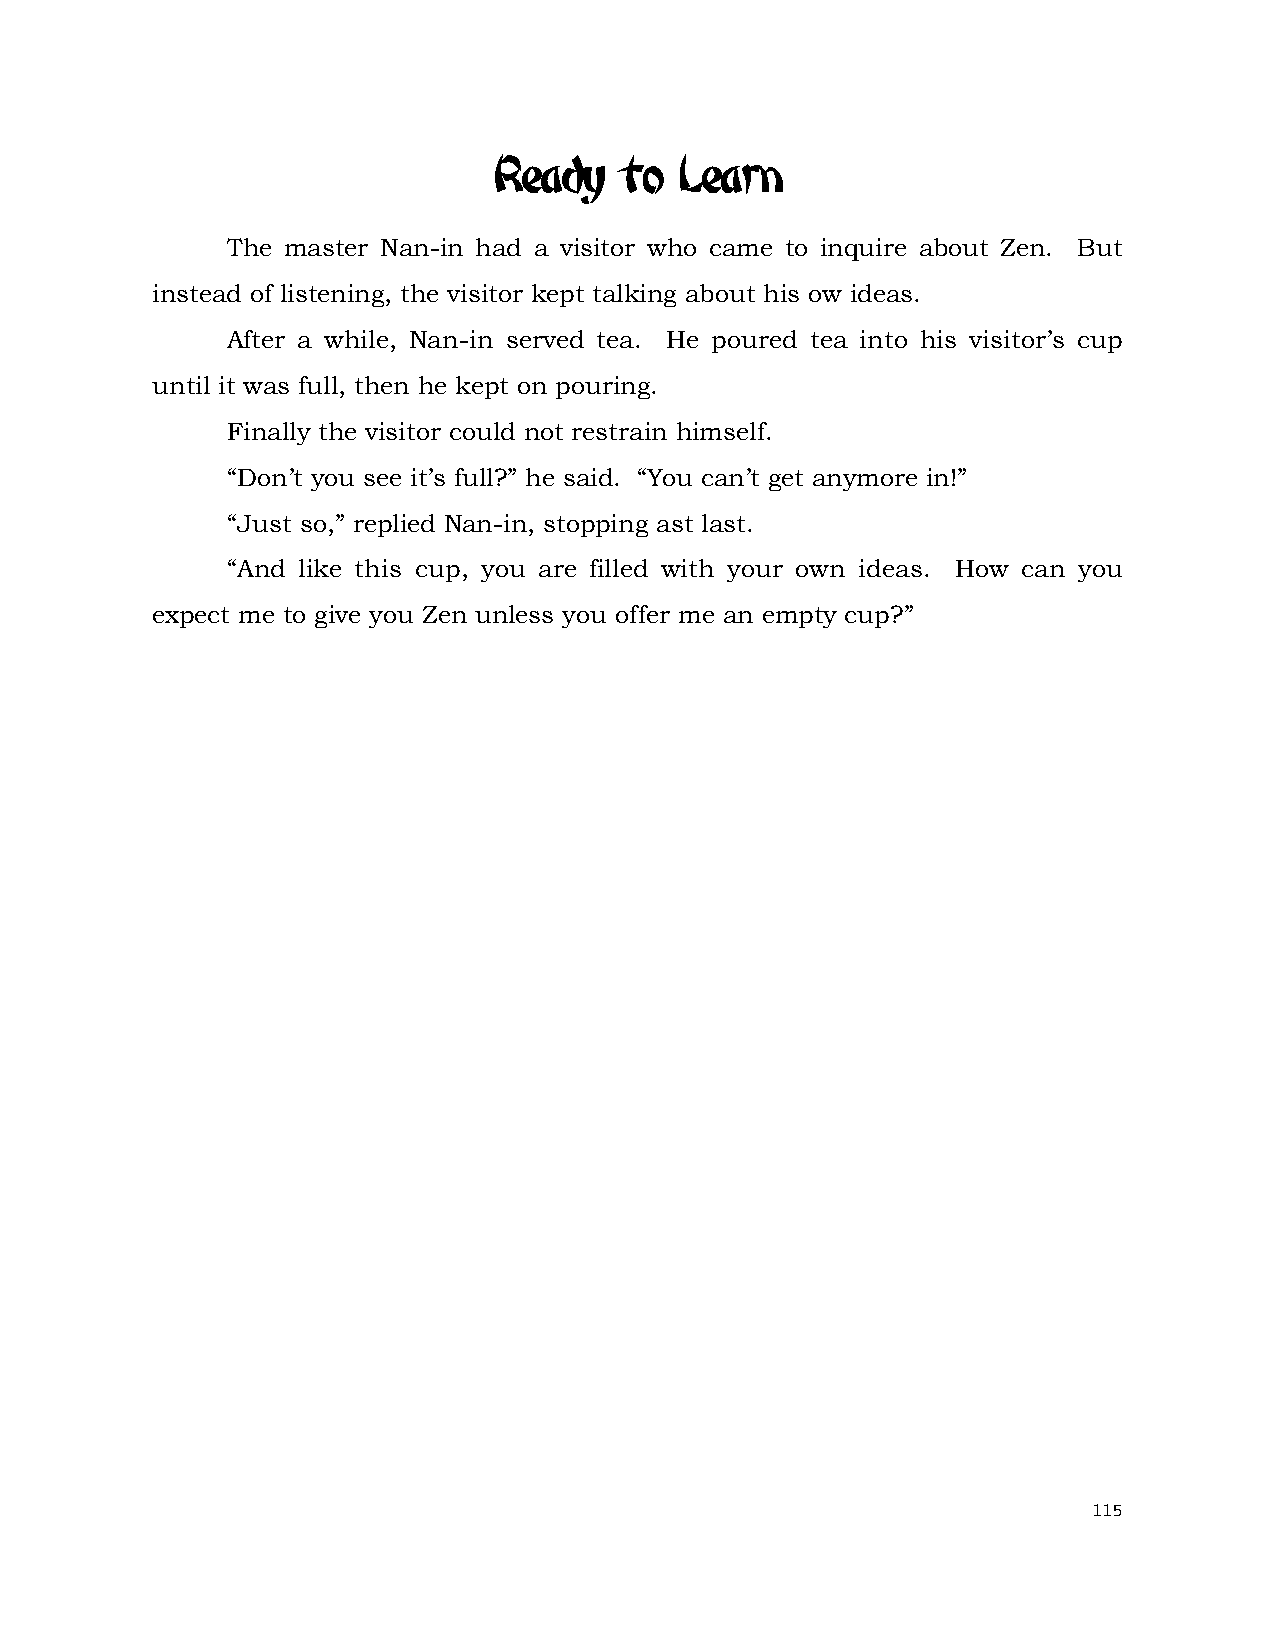
Ready   to  Learn
 The master Nan-in had a visitor who came to inquire about Zen. But
 instead of listening, the visitor kept talking about his ow ideas.
 After a while, Nan-in served tea. He poured tea into his visitor’s cup
 until it was full, then he kept on pouring.
 Finally the visitor could not restrain himself.
 “Don’t you see it’s full?” he said. “You can’t get anymore in!”
 “Just so,” replied Nan-in, stopping ast last.
 “And like this cup, you are filled with your own ideas. How can you
 expect me to give you Zen unless you offer me an empty cup?”
 115